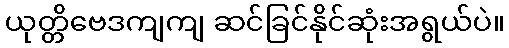
ယုတ္တိဗေဒကျကျ ဆင်ခြင်နိုင်ဆုံးအရွယ်ပဲ။